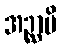
အဉ္ဆာမိ